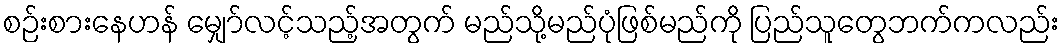
စဉ်းစားနေဟန် မျှော်လင့်သည့်အတွက် မည်သို့မည်ပုံဖြစ်မည်ကို ပြည်သူတွေဘက်ကလည်း